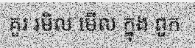
គួរ រមិល មើល ក្នុង ពួក